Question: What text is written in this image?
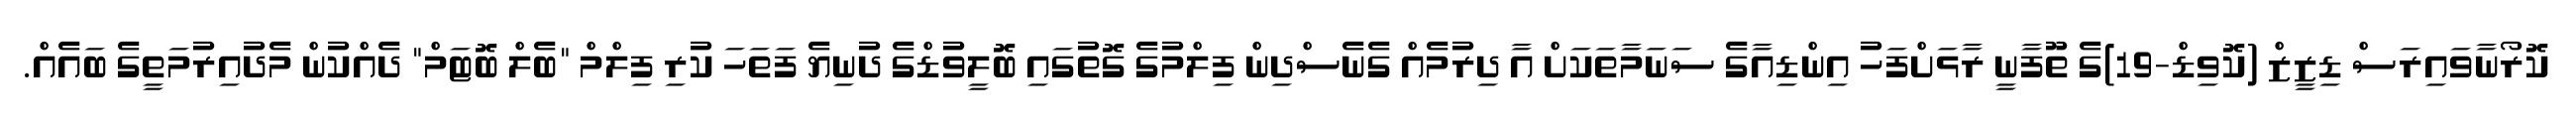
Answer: ކޮރޯނާވައިރަސް ޑިޒީޒް (ކޮވިޑް-19)ގެ ތޫފާނީ ރާޅަށްފަހު އިންޑިއާގެ ސަނަމާތަކަށް އާ ދިރުމެއް ގެނެސްދިން ފިލްމުގެ ގޮތުގައި ބޮލީވުޑްގެ ދުނިޔެ ފަތަހަ ކުރި ފިލްމް "ބެލް ބޮޓަމް" ދެއްކުން މެދުއިރުމަތީގެ ބައެއް.